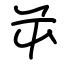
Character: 屰